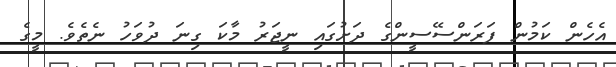
އެހެން ކަމުން ފަރަންސޭސީންގެ ދަށުގައި ނީޖަރު މާކަ ގިނަ ދުވަހު ނެތެވެ. މީގެ